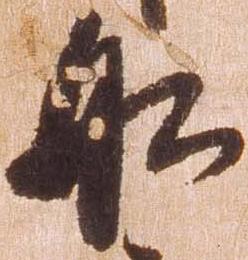
船